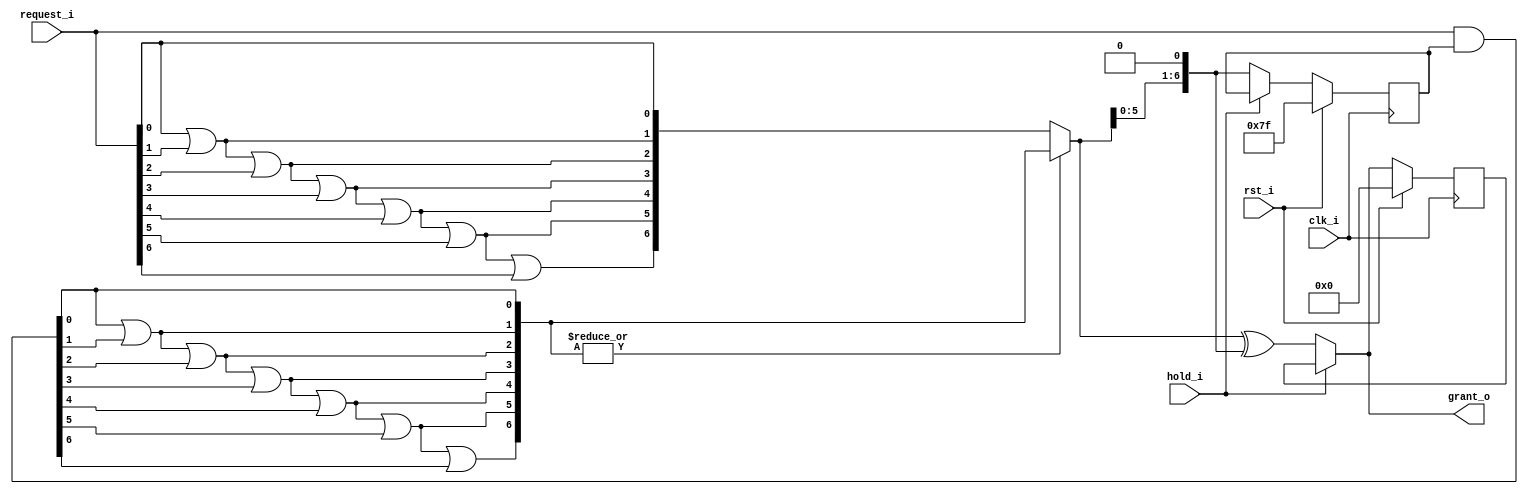
//-----------------------------------------------------------------
// Copyright (c) 2021, admin@ultra-embedded.com
// All rights reserved.
// 
// Redistribution and use in source and binary forms, with or without
// modification, are permitted provided that the following conditions 
// are met:
//   - Redistributions of source code must retain the above copyright
//     notice, this list of conditions and the following disclaimer.
//   - Redistributions in binary form must reproduce the above copyright
//     notice, this list of conditions and the following disclaimer 
//     in the documentation and/or other materials provided with the 
//     distribution.
//   - Neither the name of the author nor the names of its contributors 
//     may be used to endorse or promote products derived from this 
//     software without specific prior written permission.
// 
// THIS SOFTWARE IS PROVIDED BY THE COPYRIGHT HOLDERS AND CONTRIBUTORS 
// "AS IS" AND ANY EXPRESS OR IMPLIED WARRANTIES, INCLUDING, BUT NOT 
// LIMITED TO, THE IMPLIED WARRANTIES OF MERCHANTABILITY AND FITNESS FOR 
// A PARTICULAR PURPOSE ARE DISCLAIMED. IN NO EVENT SHALL THE AUTHOR BE 
// LIABLE FOR ANY DIRECT, INDIRECT, INCIDENTAL, SPECIAL, EXEMPLARY, OR 
// CONSEQUENTIAL DAMAGES (INCLUDING, BUT NOT LIMITED TO, PROCUREMENT OF 
// SUBSTITUTE GOODS OR SERVICES; LOSS OF USE, DATA, OR PROFITS; OR 
// BUSINESS INTERRUPTION) HOWEVER CAUSED AND ON ANY THEORY OF 
// LIABILITY, WHETHER IN CONTRACT, STRICT LIABILITY, OR TORT
// (INCLUDING NEGLIGENCE OR OTHERWISE) ARISING IN ANY WAY OUT OF 
// THE USE OF THIS SOFTWARE, EVEN IF ADVISED OF THE POSSIBILITY OF 
// SUCH DAMAGE.
//-----------------------------------------------------------------
module dma_rr_arb
(
    // Inputs
     input           clk_i
    ,input           rst_i
    ,input           hold_i
    ,input  [  6:0]  request_i

    // Outputs
    ,output [  6:0]  grant_o
);

//-----------------------------------------------------------------
// Registers / Wires
//-----------------------------------------------------------------
wire [6:0] req_ffs_masked_w;
wire [6:0] req_ffs_unmasked_w;
wire [6:0] req_ffs_w;

reg  [6:0] mask_next_q;
reg  [6:0] grant_last_q;
wire [6:0] grant_new_w;

//-----------------------------------------------------------------
// ffs: Find first set
//-----------------------------------------------------------------
function [6:0] ffs;
    input [6:0] request;
begin
    ffs[0] = request[0];
    ffs[1] = ffs[0] | request[1];
    ffs[2] = ffs[1] | request[2];
    ffs[3] = ffs[2] | request[3];
    ffs[4] = ffs[3] | request[4];
    ffs[5] = ffs[4] | request[5];
    ffs[6] = ffs[5] | request[6];
end
endfunction

assign req_ffs_masked_w = ffs(request_i & mask_next_q);
assign req_ffs_unmasked_w = ffs(request_i);

assign req_ffs_w = (|req_ffs_masked_w) ? req_ffs_masked_w : req_ffs_unmasked_w;

always @ (posedge clk_i )
if (rst_i)
begin
    mask_next_q <= {7{1'b1}};
    grant_last_q <= 7'b0;
end
else
begin
    if (~hold_i)
        mask_next_q <= {req_ffs_w[5:0], 1'b0};
    
    grant_last_q <= grant_o;
end

assign grant_new_w = req_ffs_w ^ {req_ffs_w[5:0], 1'b0};
assign grant_o = hold_i ? grant_last_q : grant_new_w;

endmodule